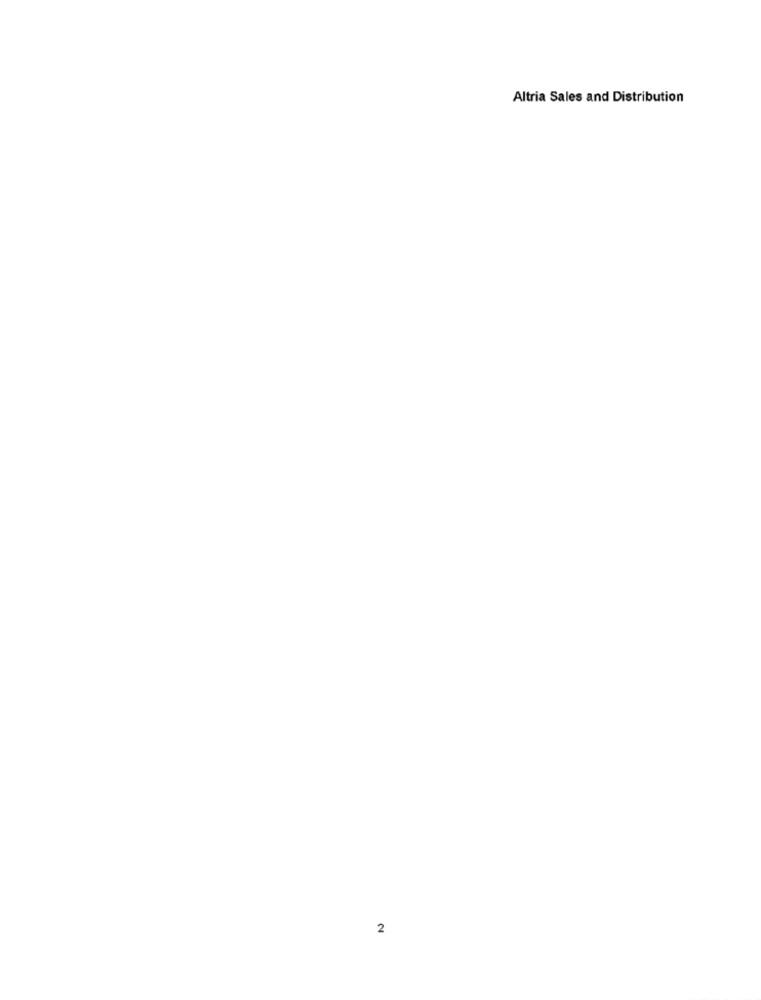
Altria Sales and Distribution
2